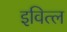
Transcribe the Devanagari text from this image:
इवित्ल